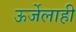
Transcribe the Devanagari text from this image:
ऊर्जेलाही